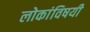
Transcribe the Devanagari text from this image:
लोकांविषयी